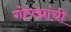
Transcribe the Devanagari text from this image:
गोपद्मांची